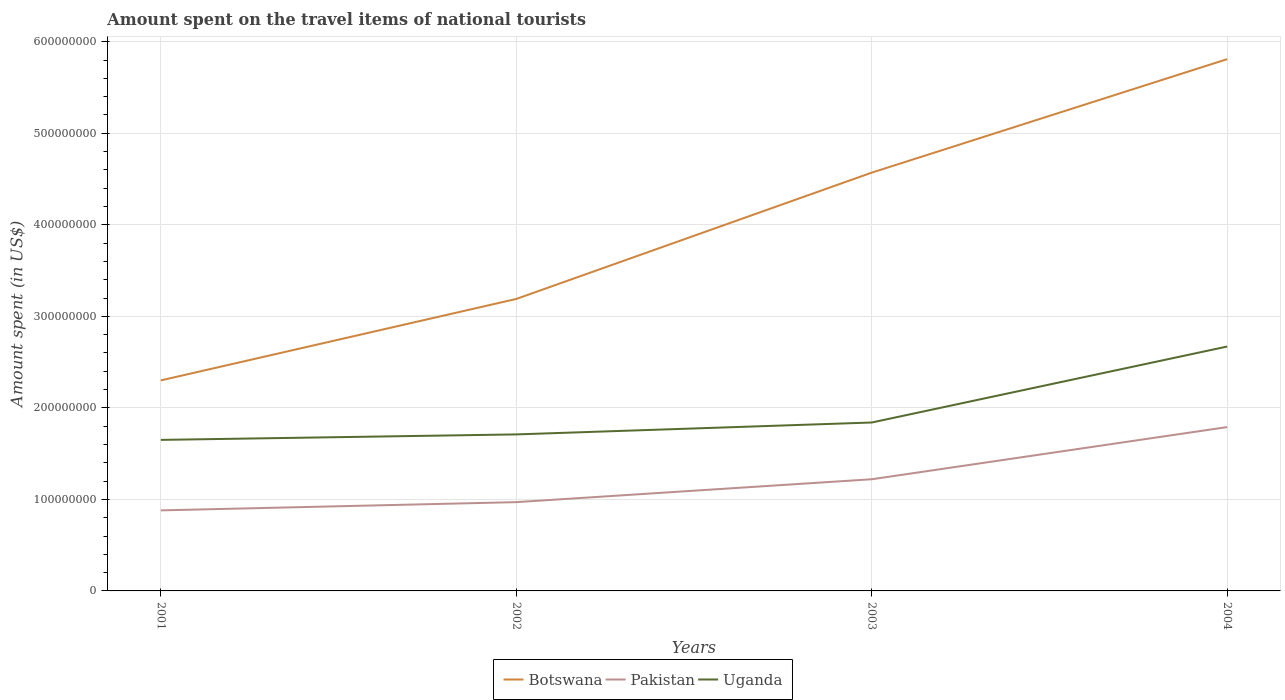
| Years | Botswana | Pakistan | Uganda |
 | --- | --- | --- | --- |
 | 2001 | 2.3e+08 | 8.8e+07 | 1.65e+08 |
 | 2002 | 3.19e+08 | 9.7e+07 | 1.71e+08 |
 | 2003 | 4.57e+08 | 1.22e+08 | 1.84e+08 |
 | 2004 | 5.81e+08 | 1.79e+08 | 2.67e+08 |